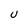
Character: U